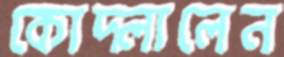
কোদ্‌লালেন